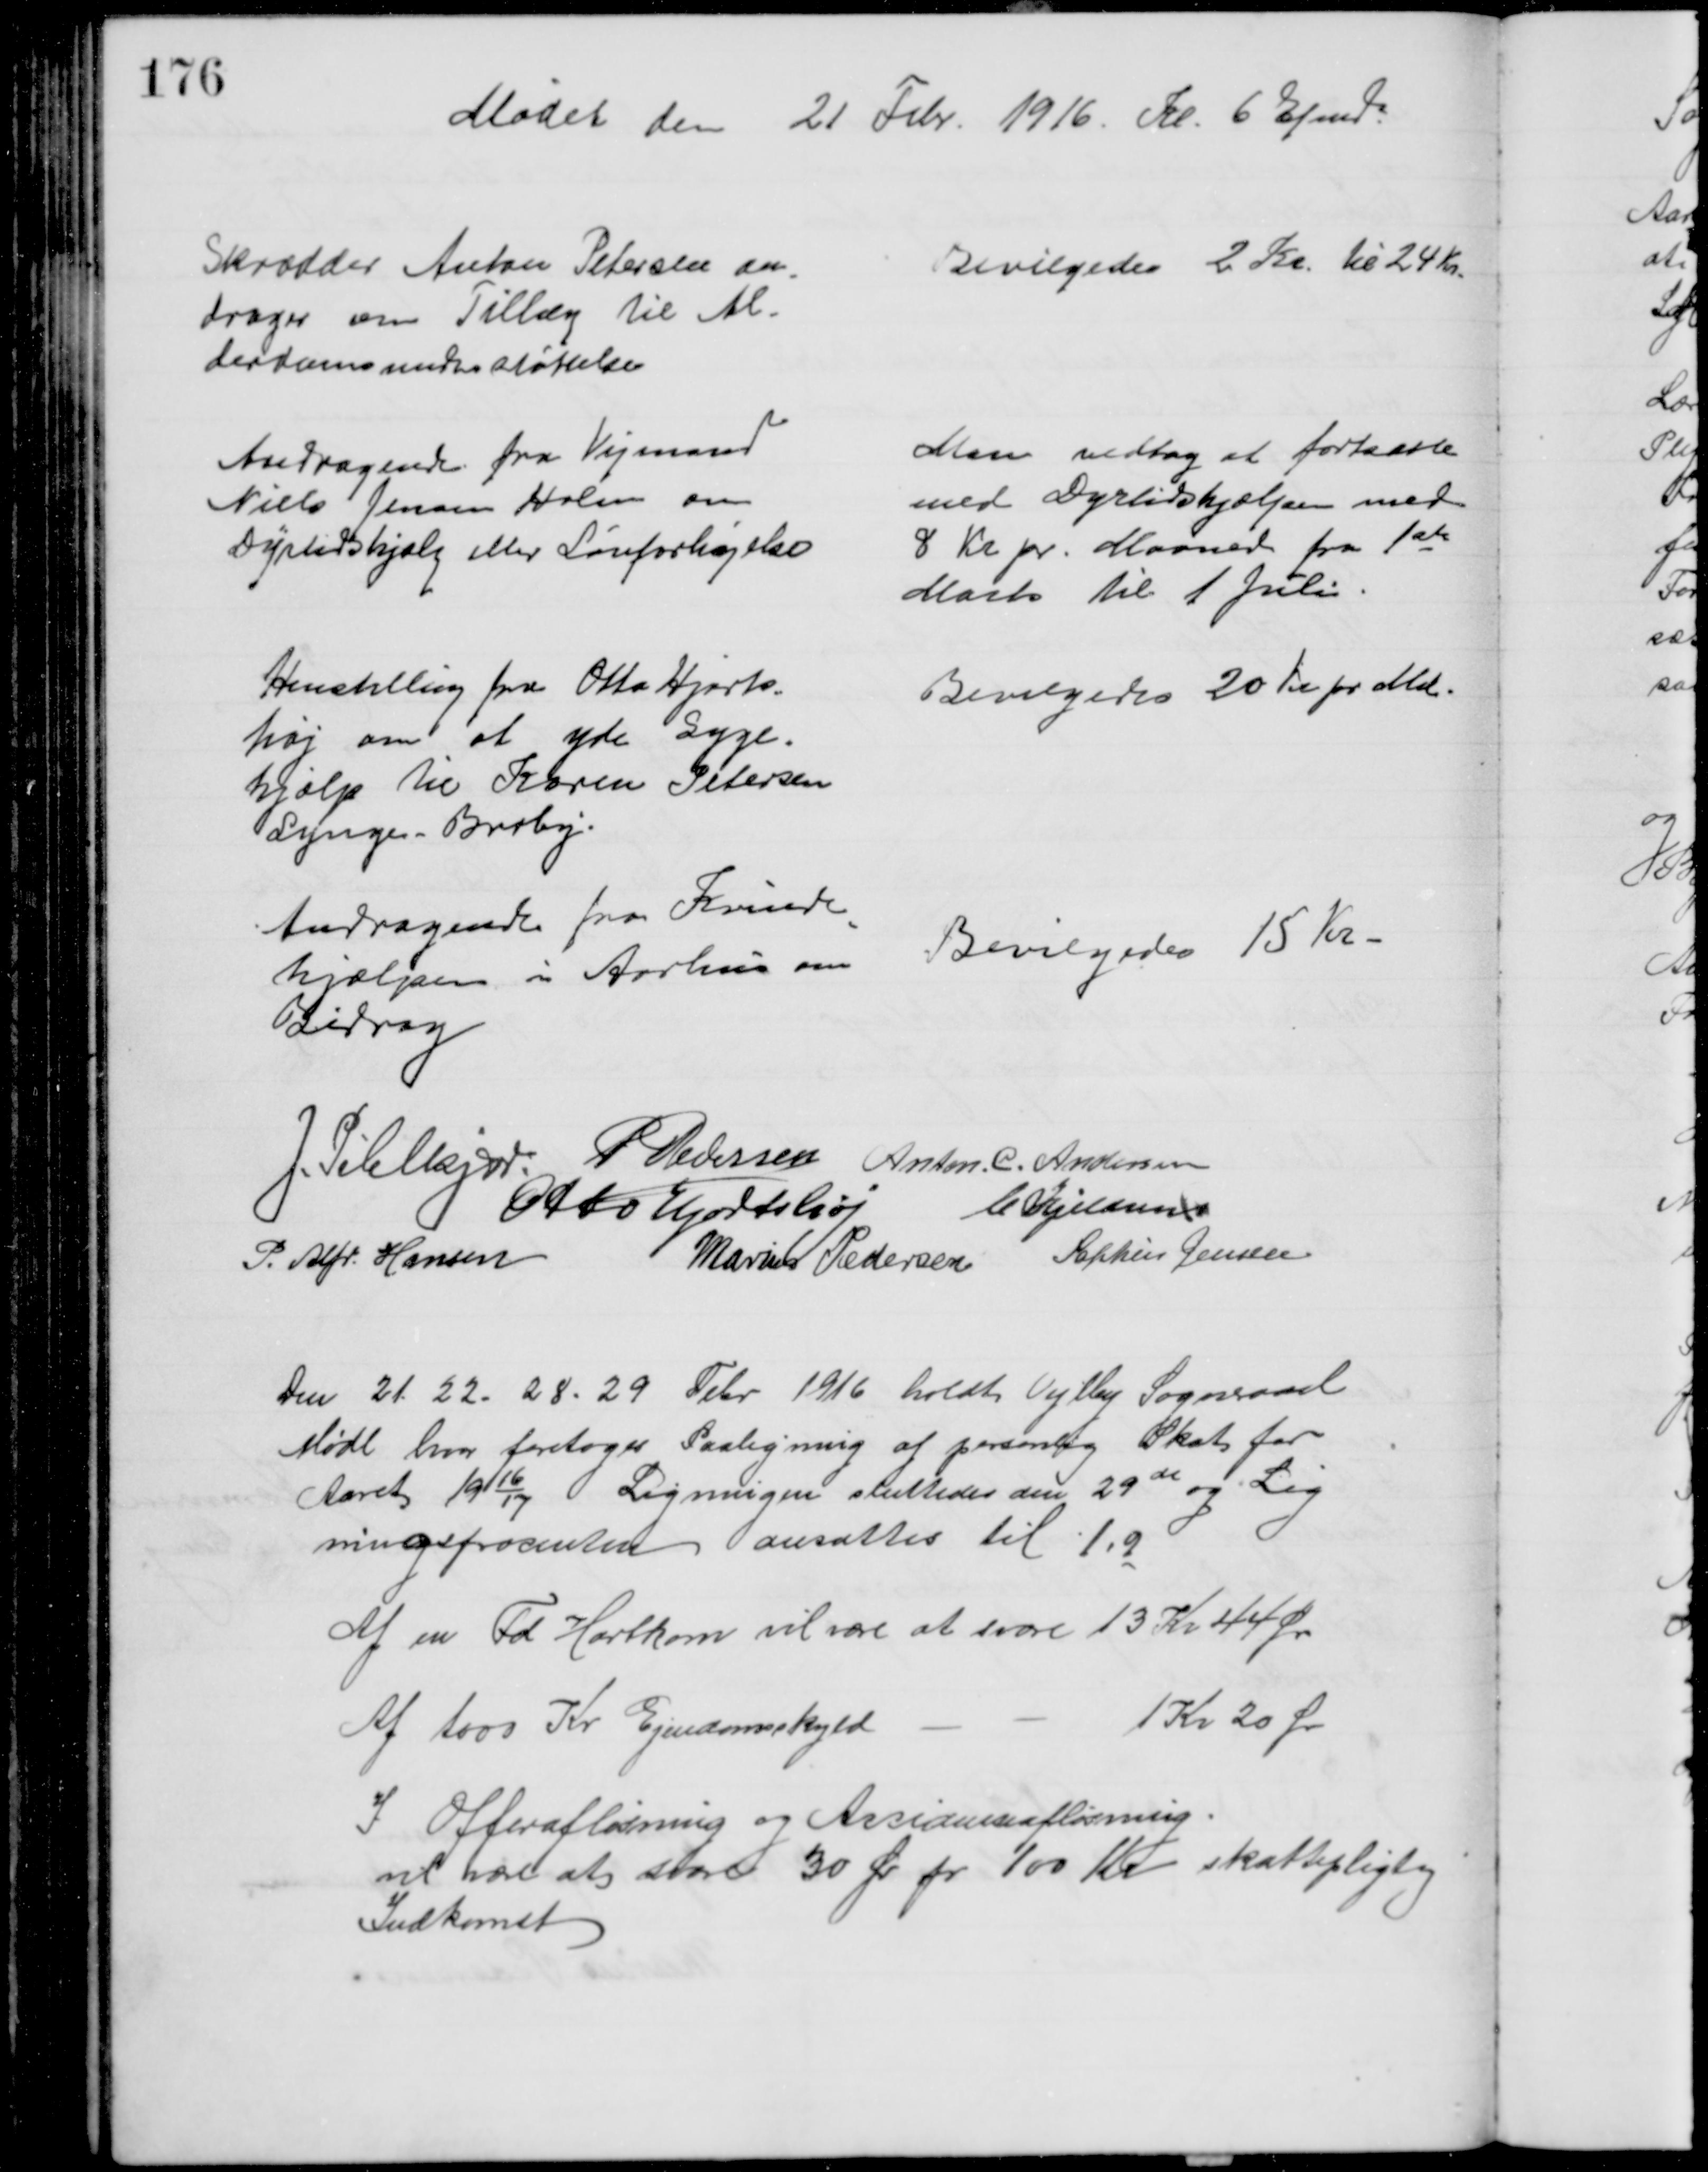
Transskription:
Mødet den 21 Febr. 1916. Kl. 6 Efmd.
Skrædder Anton Petersen an
drager om Tillæg til Al-
derdomsunderstøttelse
Bevilgedes 2 Kr. til 24 Kr.
Andragende fra Vejmand
Niels Jensen Holm om
Dyrtidshjælp eller Lønforhøjelse
Man vedtog at fortsætte
med Dyrtidshjælpen med
8 Kr pr. Maaned fra 1ste
Marts til 1 Juli
Henstilling fra Otto Hjorts-
høj om at yde Syge-
hjælp til Karen Petersen
Lynge - Broby.
Bevilgedes 20 Kr pr Md.
Andragende fra Kvinde
=
hjælpen i Aarhus om 
Bidrag
Bevilgedes 15 Kr
J. Pihlkjær. P Pedersen Anton. C. Andersen
Otto Hortshøj C Kjeldsen
P. Alfr. Hansen
Marius Pedersen Sophus Jensen
Den 21 - 22 - 28 - 29 Febr 1916 holdt Vejlby Sogneraad
Møde hvor foretoges Paaligning af personlig Skat for
Aaret 1916/17 Ligningen sluttedes den 29de og Lig
ningsprocenten ansattes til 1,9
Af en Td Hartkorn vil være at svare 13 Kr 44 Øre
Af 1000 Kr Ejendomskyld
1 Kr 20 Ør
I Offerafløsning og Accidenseafløsning
vil være at svare 30 Ør pr 100 Kr skattepligtig
Indkomst